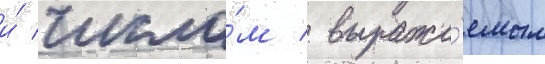
и́ число́м / выража́емым